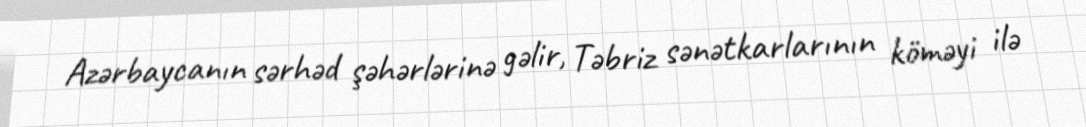
Azərbaycanın sərhəd şəhərlərinə gəlir, Təbriz sənətkarlarının köməyi ilə